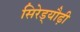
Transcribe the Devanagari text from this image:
सिरेड्यौढ़ी